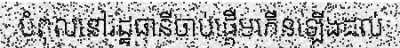
បំពុលនៅរដ្ឋធានីចាប់ផ្តើមកើនឡើងដល់